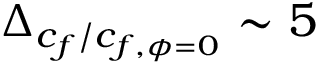
\Delta _ { c _ { f } / c _ { f , \phi = 0 } } \sim 5 \